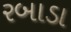
રબાડા